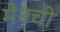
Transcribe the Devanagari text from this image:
मेनची